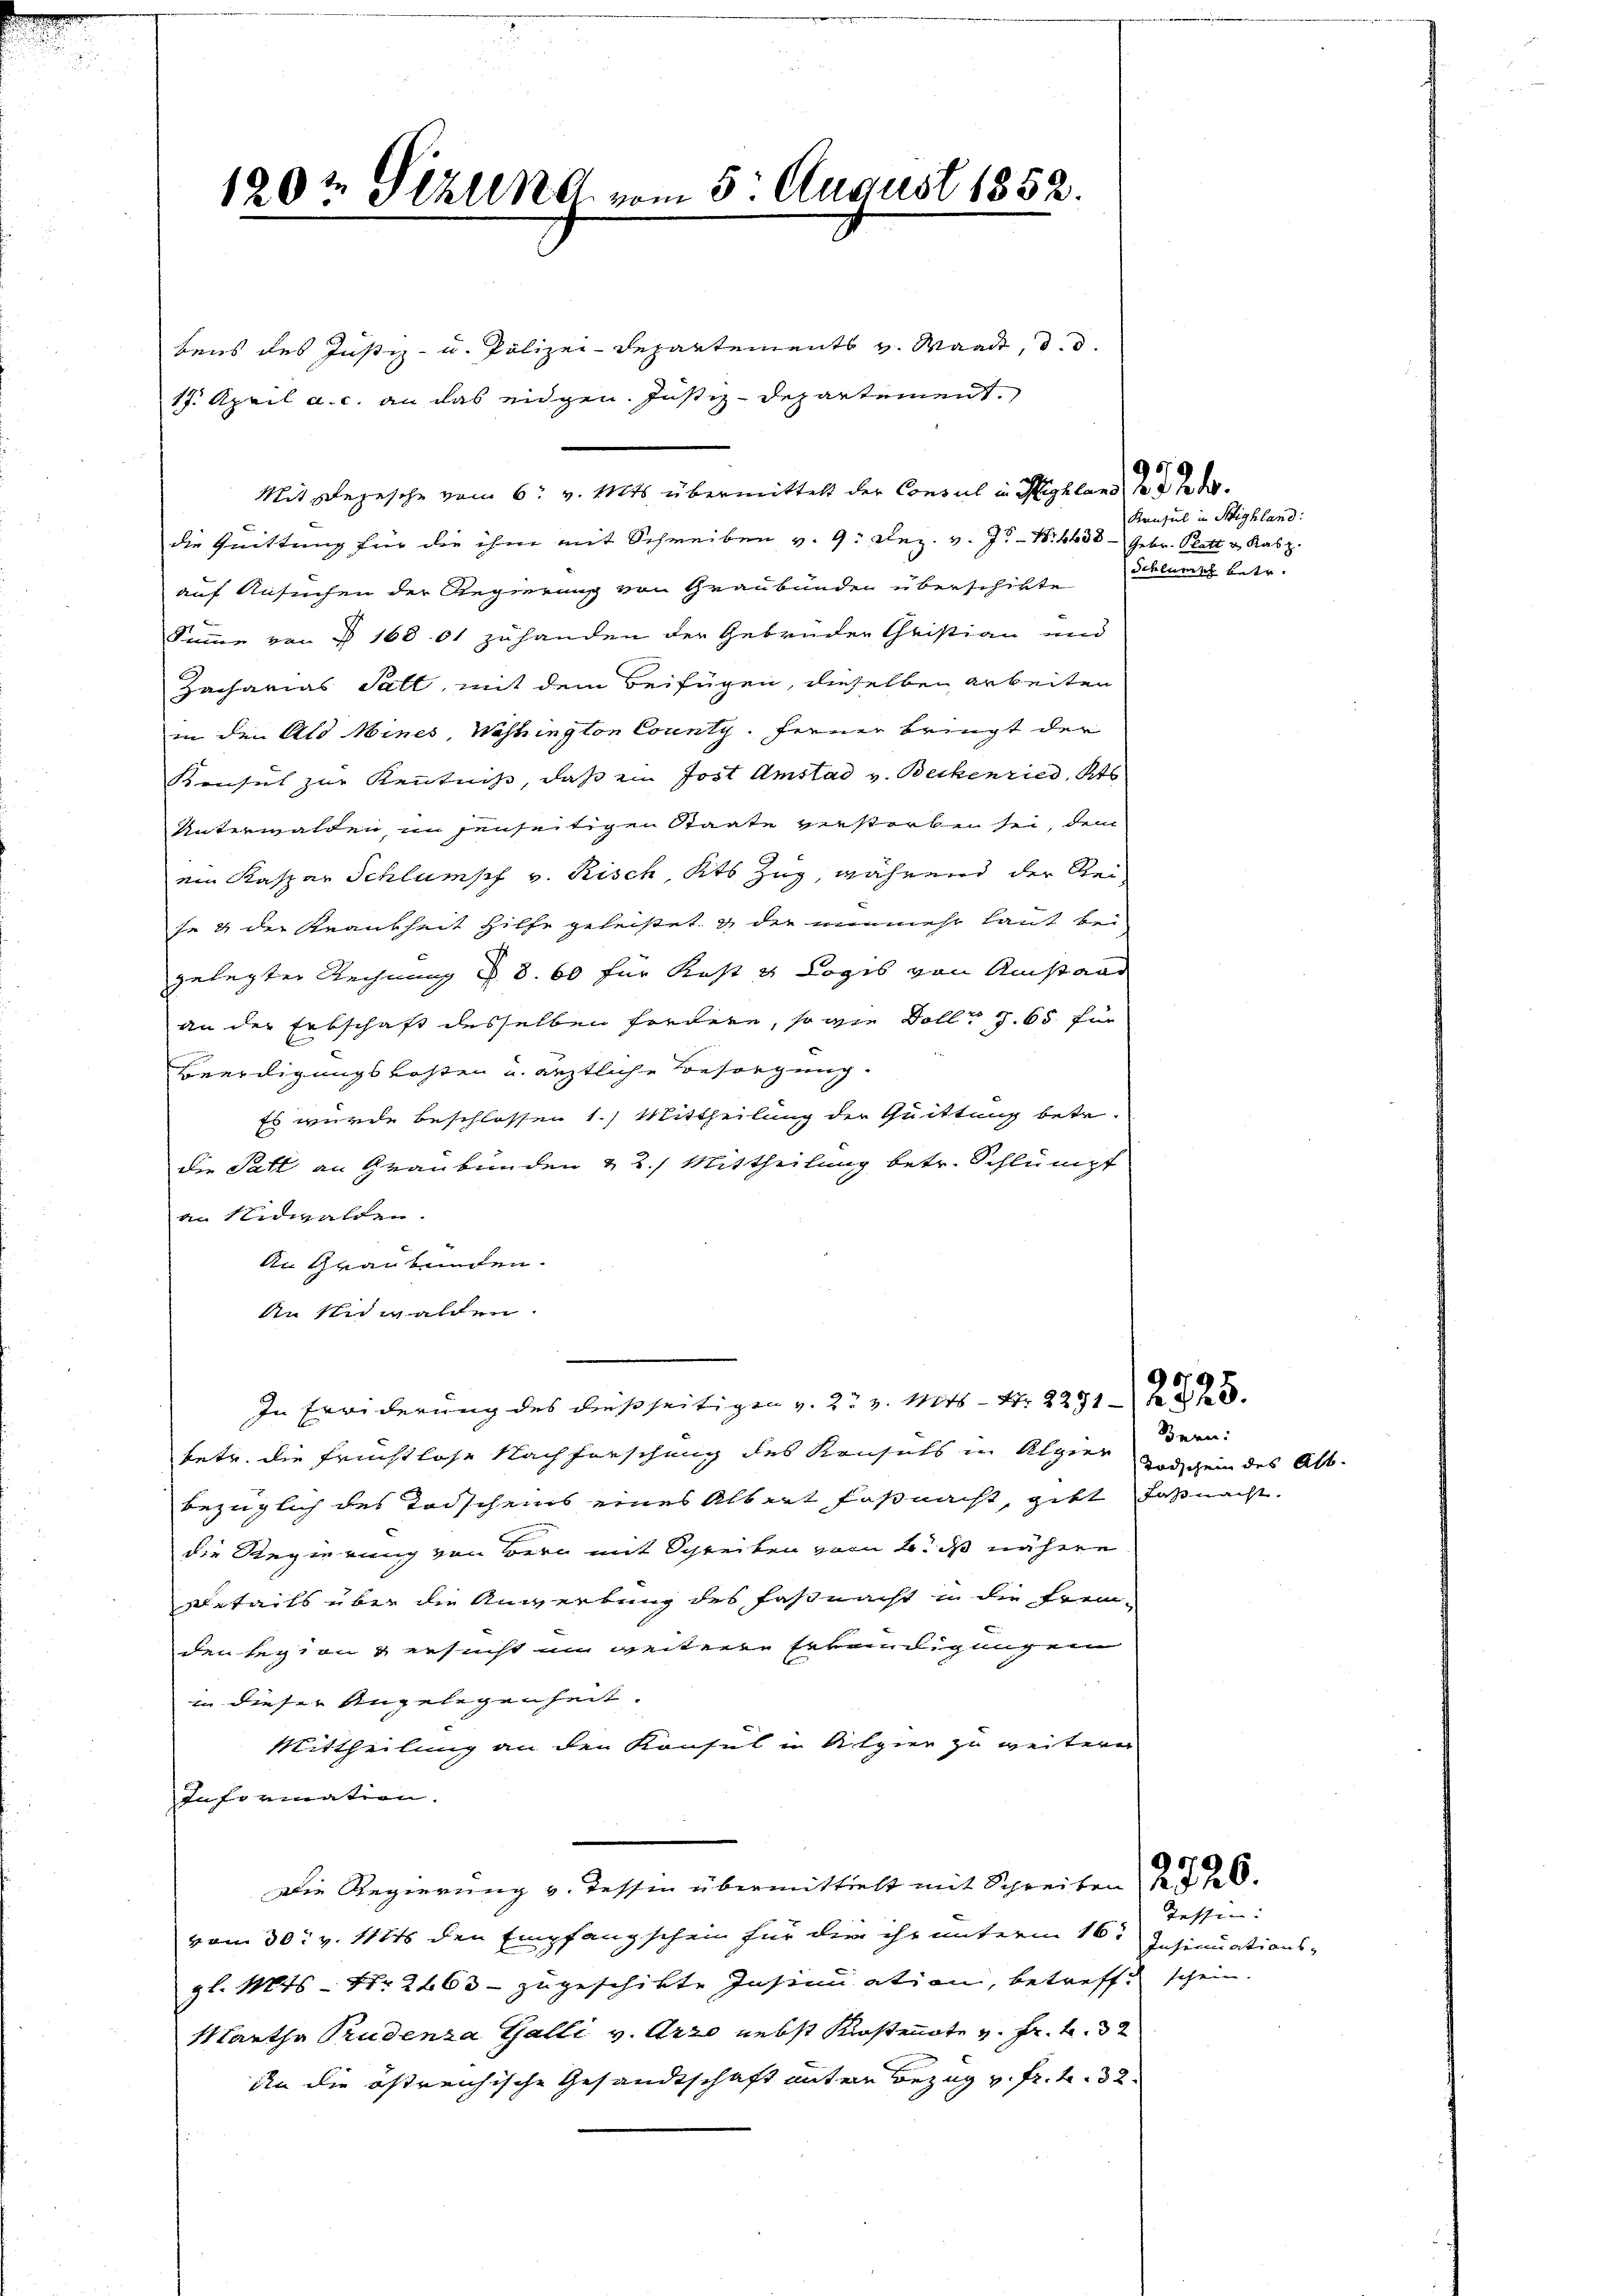
120t Sizung vom 5. August 1852.

bens des Justiz- u. Polizei-Departements v. Waadt, d. d.
die Quittung für die ihm mit Schreiben v. 9. Dez. v. 7. N. 4438 - Gebr. Platt u. Kasp.
auf Ansuchen der Regierung von Graubünden überschikte Zürich betr.
Summe von § 16801 zuhanden der Gebrüder Christian und
Zacharias Salt, mit dem Beifügen, dieselben arbeiten
in den Als Mines, Washington County. ferner bringt der
Konsul zur Kenntniß, daß ein Jost Amstad v. Beckenried, Kts
Unterwalden, im jenseitigen Staate verstorben sei, dem
ein Kaspar Schlumpf v. Risch, Kts Zug, während der Reise & der Krankheit Hilfe geleistet, u die nunmehr laut bei
gelegter Rechnung §. 8. 60 für Kost & Logis von Anstaur
an der Erbschaft desselben fordere, so wie Doll S. 65 für
Beerdigungskosten u. ärztliche Besorgung
Es wurde beschlossen 1.) Mittheilung der Quittung betr.
die Patt an Graubünden & 2.) Mittheilung betr. Schlumpt
an Nidwalden.
An Graubünden.
An Unwalden.
In Erwiderung des dießseitigen v. 2. v. Mts. - 4. 22128
betr. die Früchtlose Nachforschung des Krusets in Alpier
bezüglich des Todscheins eines Albert Faßnacht, gibt daß nacht.
die Regierung von Bern mit Schreiben vom 2. d nähere
details über die Anwerbung des Faßnacht in die Fremden legt in ersucht im weitere Vereinigung ein
in dieser Angelegenheit.
Mittheilung an den Konsul in Alpier zu weitern
Information.
Die Regierung v. Tessin übermittelt mit Schreiben
vom 30. v. 11816 den Empfangschein für die ihr unterm 16t
gl. Mts. Nr. 2463 - zugeschikte Insinuation, betreff
Martha Prudenza Galli v. Arzo nebst Kostenote v. Fr. f. 32
An die östreichische Gesandtschaft untern Bezug v. fr. f. 32

17. April a. c. an das eidgen. Justiz-Departement.

Mit Depesche vom 6. v. Mts. übermittelt der Consul in Highland, der der

Konsul in Highland:

Bern:
Todschein des Att

2720.

Tessin:
Insinuationssehen. |